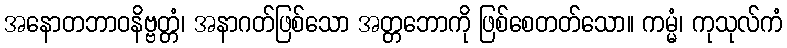
အနောတဘာဝနိဗ္ဗတ္တံ၊ အနာဂတ်ဖြစ်သော အတ္တဘောကို ဖြစ်စေတတ်သော။ ကမ္မံ၊ ကုသုလ်ကံ